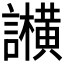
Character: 𬣕